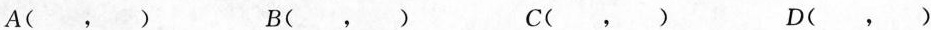
A(，) B(，) c(，) D(，)